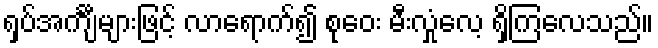
ရှပ်အင်္ကျီများဖြင့် လာရောက်၍ စုဝေး မီးလှုံလေ့ ရှိကြလေသည်။